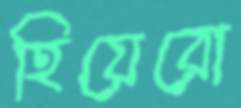
হিয়েরো